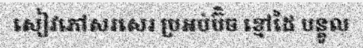
សៀវភៅសរសេរ ប្រអប់ប៊ិច ខ្មៅដៃ បន្តូល